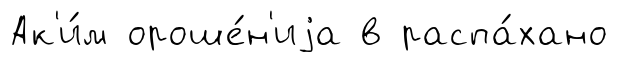
Ак'и́м ороше́н'иjа в распа́хано